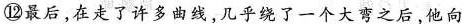
⑫最后，在走了许多曲线几乎绕了一个大弯之后，他向